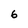
Character: 6